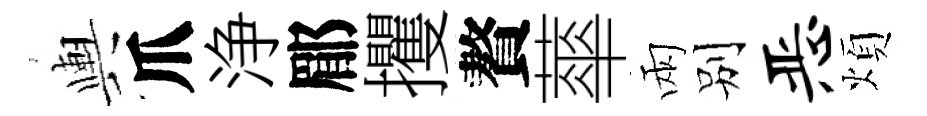
輿爪浄郿攫贅蕐兩别恶煩